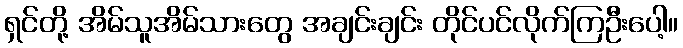
ရှင်တို့ အိမ်သူအိမ်သားတွေ အချင်းချင်း တိုင်ပင်လိုက်ကြဦးပေါ့။